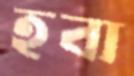
হবা